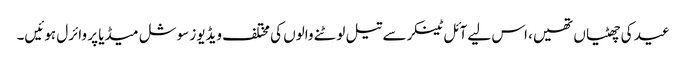
عید کی چھٹیاں تھیں، اس لیے آئل ٹینکر سے تیل لوٹنے والوں کی مختلف ویڈیوز سوشل میڈیا پر وائرل ہوئیں۔